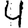
Digit: 4